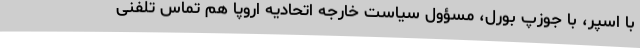
با اسپر، با جوزپ بورل، مسؤول سیاست خارجه اتحادیه اروپا هم تماس تلفنی